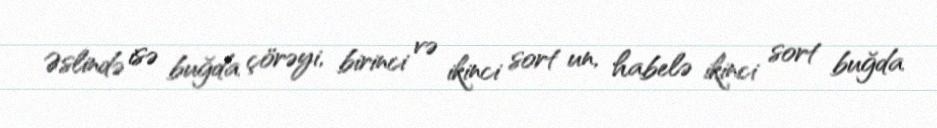
Əslində isə buğda çörəyi, birinci və ikinci sort un, habelə ikinci sort buğda